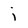
Character: j